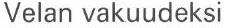
Velan vakuudeksi